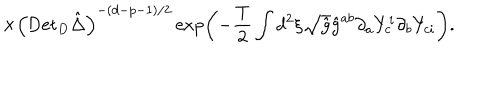
LaTeX: \times { { \left( { \mathrm { D e t } _ { D } } \hat { \Delta } \right) } ^ { - ( d - p - 1 ) / 2 } } \exp \left( - { \frac { \mathrm { T } } { 2 } } \int { d ^ { 2 } } \xi \sqrt { \hat { g } } { \hat { g } ^ { a b } } { \partial _ { a } } { Y _ { c } ^ { i } } { \partial _ { b } } { Y _ { c i } } \right) .